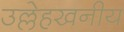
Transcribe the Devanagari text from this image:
उल्लेहखनीय